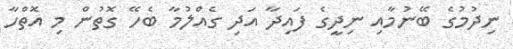
ނިދުމުގެ ބޭނުމާއި ނިދީގެ ފައިދާ އަދި ގެއްލުމާ ބެހޭ ގޮތުން މި އޮތްހާ